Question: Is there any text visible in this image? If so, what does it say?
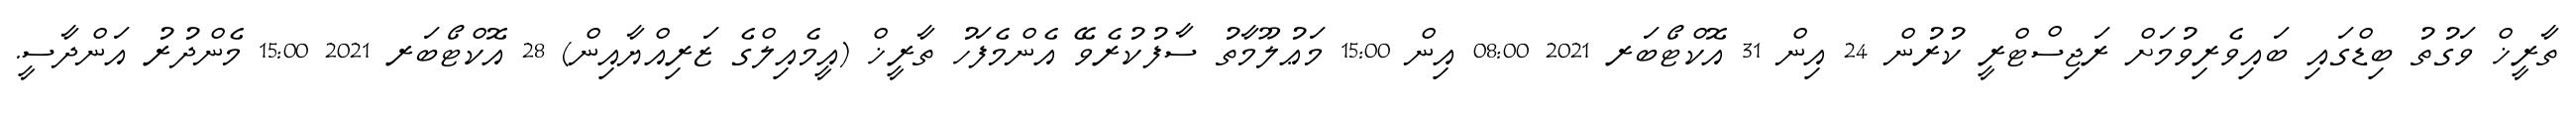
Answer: ތާރީޚް ވަގުތު ބިޑްގައި ބައިވެރިވުމަށް ރަޖިސްޓްރީ ކުރުން 24 އިން 31 އޮކްޓޯބަރ 2021 08:00 އިން 15:00 މަޢުލޫމާތު ސާފުކުރެވޭ އެންމެފަހު ތާރީޚް (އީމެއިލްގެ ޒަރިއްޔާއިން) 28 އޮކްޓޯބަރ 2021 15:00 މެންދުރު އަންދާސީ.